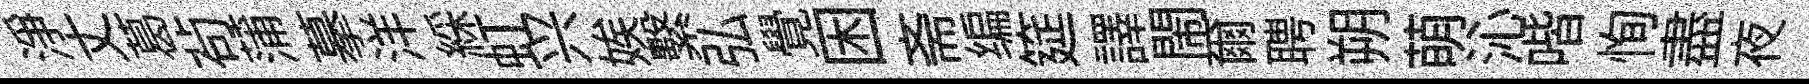
浄丈葛茍蒲摹洋綵虹兴娭繫弘覺困斋编筵譯閙爾聘朔萌沁喈恂盡夜